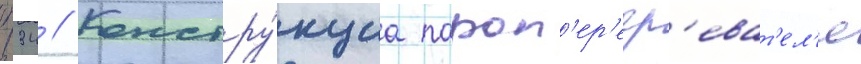
п34 // Констру́кциа пароп'ер'егр'еват'ел'я